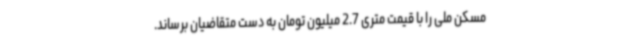
مسکن ملی را با قیمت متری 2.7 میلیون تومان به دست متقاضیان برساند.